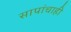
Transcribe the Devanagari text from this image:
सापांचाही